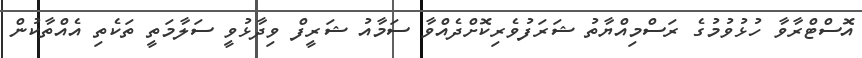
އޮސްޓްރާވާ ހުޅުވުމުގެ ރަސްމިއްޔާތު ޝަރަފުވެރިކޮށްދެއްވާ ސަމާއު ޝަރީފް ވިދާޅުވީ ސަލާމަތީ ތަކެތި އެއްތާކުން